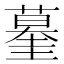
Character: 𰲀